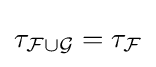
\tau _{{\mathcal {F}}\cup {\mathcal {G}}}=\tau _{\mathcal {F}}